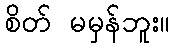
စိတ် မမှန်ဘူး။